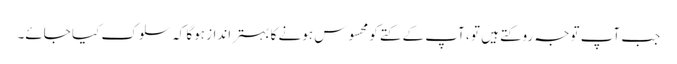
جب آپ توجہ روکتے ہیں تو ، آپ کے کتے کو محسوس ہونے کا بہتر انداز ہوگا کہ سلوک کیا جائے۔